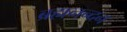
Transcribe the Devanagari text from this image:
ब्रह्मनन्दन